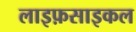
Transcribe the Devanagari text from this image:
लाइफ़साइकल